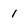
Character: 1